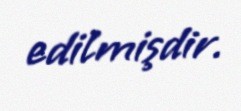
edilmişdir.